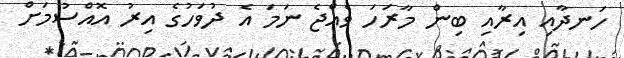
ހަނދާއި އިރާއި ބިން މާރަހަ ވެއްޖެ ނަމަ އެ ދުވަހުގެ އިރު އޮއްސުމަށް